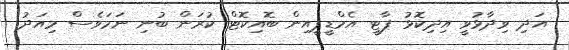
އަދި ވިދާޅުވީ އިދިކޮޅު ޕާޓީ އެމްޑީޕީއިން ބޮއިކޮޓް ކުރަން ބުނި ނަމަވެސް މިއަދު